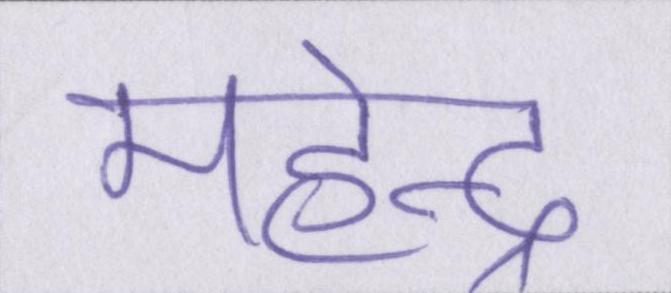
महेन्द्र